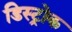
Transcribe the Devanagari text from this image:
डिस्ट्रोक